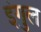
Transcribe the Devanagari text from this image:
इंगुल